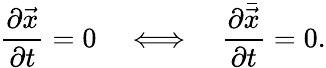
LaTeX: \frac{\partial\vec{x}}{\partial t}=0\quad\Longleftrightarrow\quad\frac{\partial\bar{\vec{x}}}{\partial t}=0.